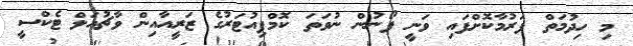
މި ހިދުމަތް ފަރުމާކޮށްފައި ވަނީ ފޯނުން ނުވަތަ ކޮމްޕިިއުޓަރުގެ ޒަރީއާއިން ވާޗުއަލް ޓެކްސީ